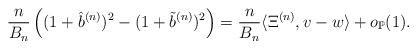
LaTeX: \begin{align*}\frac{n}{B_n}\left((1+\hat b^{(n)})^2 - (1+ \tilde b^{(n)})^2 \right) = \frac{n}{B_n}\langle \Xi^{(n)},v-w\rangle + o_{\mathbb P}(1). \end{align*}